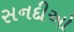
સનદીઓ